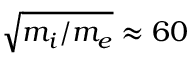
\sqrt { m _ { i } / m _ { e } } \approx 6 0